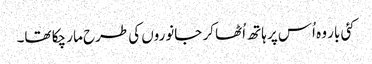
کئی بار وہ اُس پر ہاتھ اُٹھا کر جانوروں کی طرح مار چکا تھا۔